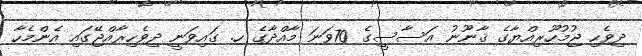
ދިވެހި ޖުމުހޫރިއްޔާގެ ޤާނޫނު އަސާސީގެ 70ވަނަ މާއްދާގެ ހ. ގައިވަނީ ދިވެހިރާއްޖޭގައި އެންމެހާ